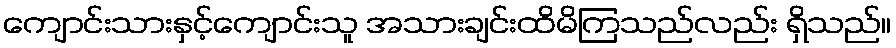
ကျောင်းသားနှင့်ကျောင်းသူ အသားချင်းထိမိကြသည်လည်း ရှိသည်။